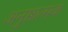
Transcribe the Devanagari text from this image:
अनुष्ठात्मक